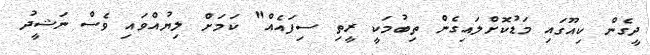
ދީގެން ކިއޫގައި މަޑުކޮށްލައިގެން ތިބުމަކީ ރީތި ސިފައެއް" ކަމަށް ލިޔުއްވައި ވެސް ނަޝީދު